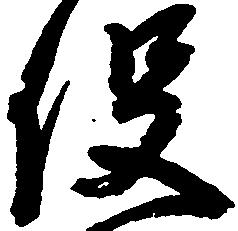
役